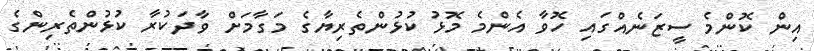
އިން ކޮންމެ ސީޒަނެއްގައި ހޮވާ އެންމެ މޮޅު ކުޅުންތެރިޔާގެ މަގާމަށް ވާދަކުރާ ކުޅުންތެރިންގެ